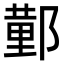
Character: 𮠆